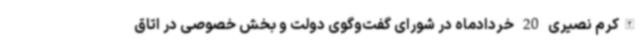
الله‌کرم نصیری 20 خردادماه در شورای گفت‌وگوی دولت و بخش خصوصی در اتاق